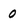
Character: 0